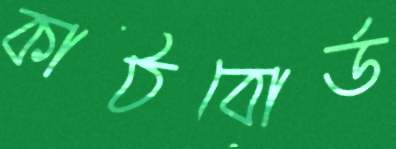
কাঠবোর্ড